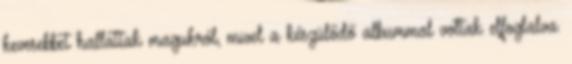
kevesebbet hallattak magukról, mivel a készülődő albummal voltak elfoglalva.